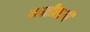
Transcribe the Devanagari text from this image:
गमतीसाठी